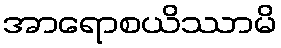
အာရောစယိဿာမိ